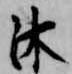
沐